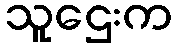
သူဌေးက